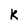
Character: K